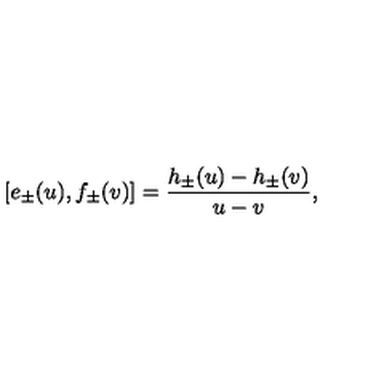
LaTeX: [ e _ { \pm } ( u ) , f _ { \pm } ( v ) ] = \frac { h _ { \pm } ( u ) - h _ { \pm } ( v ) } { u - v } ,